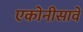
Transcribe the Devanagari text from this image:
एकोनीसावे